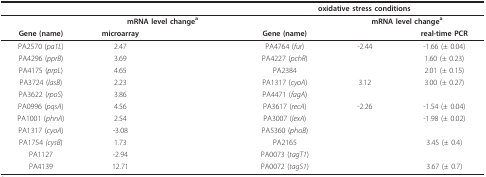
<table><thead><tr><td colspan="3">[EMPTY_CELL]</td><td colspan="3"><b>oxidative stress conditions</b></td></tr></thead><tbody><tr><td>[EMPTY_CELL]</td><td colspan="2"><b>mRNA level change<sup>a</sup></b></td><td>[EMPTY_CELL]</td><td colspan="2"><b>mRNA level change<sup>a</sup></b></td></tr><tr><td><b>Gene (name)</b></td><td><b>microarray</b></td><td>[EMPTY_CELL]</td><td><b>Gene (name)</b></td><td>[EMPTY_CELL]</td><td><b>real-time PCR</b></td></tr><tr><td>PA2570 (<i>pa1L</i>)</td><td>2.47</td><td>[EMPTY_CELL]</td><td>PA4764 (<i>fur</i>)</td><td>-2.44</td><td>-1.66 (± 0.04)</td></tr><tr><td>PA4296 (<i>pprB</i>)</td><td>3.69</td><td>[EMPTY_CELL]</td><td>PA4227 (<i>pchR</i>)</td><td>[EMPTY_CELL]</td><td>1.60 (± 0.23)</td></tr><tr><td>PA4175 (<i>prpL</i>)</td><td>4.65</td><td>[EMPTY_CELL]</td><td>PA2384</td><td>[EMPTY_CELL]</td><td>2.01 (± 0.15)</td></tr><tr><td>PA3724 (<i>lasB</i>)</td><td>2.23</td><td>[EMPTY_CELL]</td><td>PA1317 (<i>cyoA</i>)</td><td>3.12</td><td>3.00 (± 0.27)</td></tr><tr><td>PA3622 (<i>rpoS</i>)</td><td>3.86</td><td>[EMPTY_CELL]</td><td>PA4471 (<i>fagA</i>)</td><td>[EMPTY_CELL]</td><td>[EMPTY_CELL]</td></tr><tr><td>PA0996 (<i>pqsA</i>)</td><td>4.56</td><td>[EMPTY_CELL]</td><td>PA3617 (<i>recA</i>)</td><td>-2.26</td><td>-1.54 (± 0.04)</td></tr><tr><td>PA1001 (<i>phnA</i>)</td><td>2.54</td><td>[EMPTY_CELL]</td><td>PA3007 (<i>lexA</i>)</td><td>[EMPTY_CELL]</td><td>-1.98 (± 0.02)</td></tr><tr><td>PA1317 (<i>cyoA</i>)</td><td>-3.08</td><td>[EMPTY_CELL]</td><td>PA5360 (<i>phoB</i>)</td><td>[EMPTY_CELL]</td><td>[EMPTY_CELL]</td></tr><tr><td>PA1754 <i>(cysB</i>)</td><td>1.73</td><td>[EMPTY_CELL]</td><td>PA2165</td><td>[EMPTY_CELL]</td><td>3.45 (± 0.4)</td></tr><tr><td>PA1127</td><td>-2.94</td><td>[EMPTY_CELL]</td><td>PA0073 (<i>tagT1</i>)</td><td>[EMPTY_CELL]</td><td>[EMPTY_CELL]</td></tr><tr><td>PA4139</td><td>12.71</td><td>[EMPTY_CELL]</td><td>PA0072 (<i>tagS1</i>)</td><td>[EMPTY_CELL]</td><td>3.67 (± 0.7)</td></tr></tbody></table>